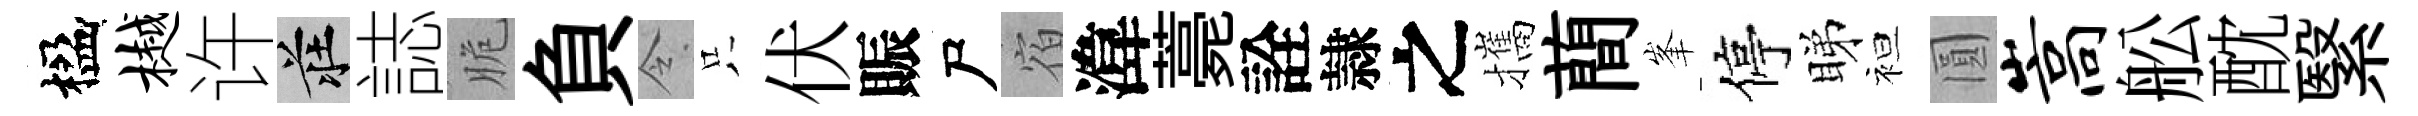
楹樾许莊誌脆負令只伏賑尸宿湋薧詮隷之攜蕳峯停睇袒圓嵩舩酖繄